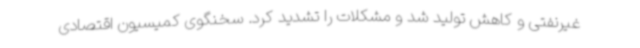
غیرنفتی و کاهش تولید شد و مشکلات را تشدید کرد. سخنگوی کمیسیون اقتصادی